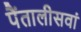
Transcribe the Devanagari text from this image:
पैंतालीसवां